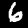
Digit: 6